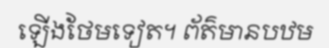
ឡើងថែមទៀត។ ព័ត៌មានបឋម